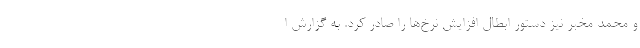
و محمد مخبر نیز دستور ابطال افزایش نرخ‌ها را صادر کرد. به گزارش ا